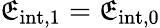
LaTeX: \mathfrak{E}_{\mathrm{{{int},1}}}=\mathfrak{E}_{\mathrm{{{int},0}}}